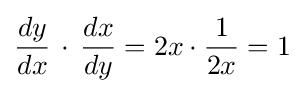
{\frac {dy}{dx}}\,\cdot \,{\frac {dx}{dy}}=2x\cdot {\frac {1}{2x}}=1